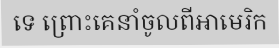
ទេ ព្រោះគេនាំចូលពីអាមេរិក